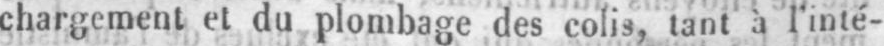
chargement et du plombage des colis, tant à l’inté-